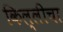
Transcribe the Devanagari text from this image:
किल्लीचा